Scottish Leaving Certificate Examination, 1956
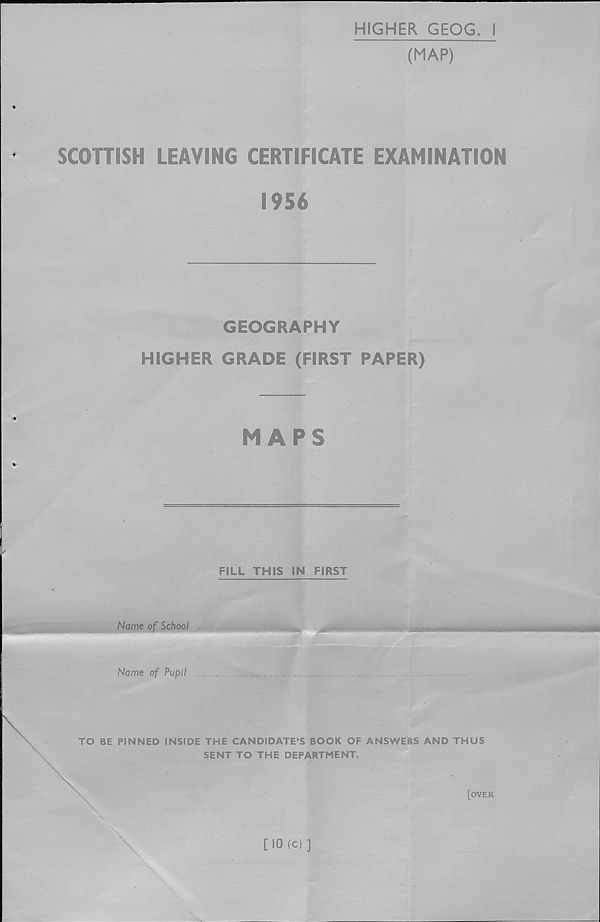
HIGHER GEOG. I
(MAP)
%
SCOTTISH LEAVING CERTIFICATE EXAMINATION
1956
GEOGRAPHY
HIGHER GRADE (FIRST PAPER)
MAPS
FILL THIS IN FIRST
TO BE PINNED INSIDE THE CANDIDATE’S BOOK OF ANSWERS AND THUS
SENT TO THE DEPARTMENT.
[over
[10 (c)]